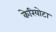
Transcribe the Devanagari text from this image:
केरियोटा